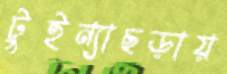
টুইন্যাছড়ায়